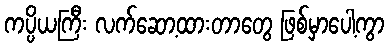
ကပ္ပိယကြီး လက်ဆော့ထားတာတွေ ဖြစ်မှာပေါ့ကွာ